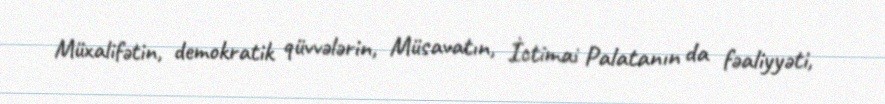
Müxalifətin, demokratik qüvvələrin, Müsavatın, İctimai Palatanın da fəaliyyəti,